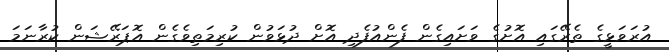
އުރަވަޅީގެ ތެރޭގައި އޮށުގެ ވަށައިގެން ފެންއުފެދި އޮށް ދުޅަވުން ކުރިމަތިވެގެން އޮޕަރޭޝަން ކުރާނަމަ